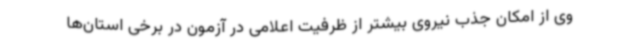
وی از امکان جذب نیروی بیشتر از ظرفیت اعلامی در آزمون در برخی استان‌ها